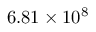
6 . 8 1 \times 1 0 ^ { 8 }